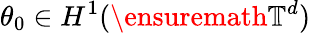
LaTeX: \theta_{0}\in H^{1}(\ensuremath{\mathbb{T}}^{d})